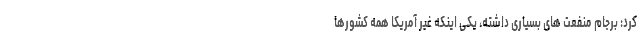
کرد: برجام منفعت های بسیاری داشته، یکی اینکه غیر آمریکا همه کشورها